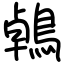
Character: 鵫